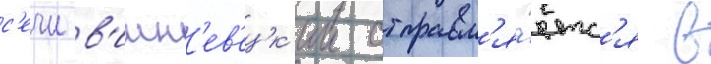
с'ечи в'ишн'ев'ецк'ии отправл'я́етс'я в